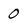
Character: 0